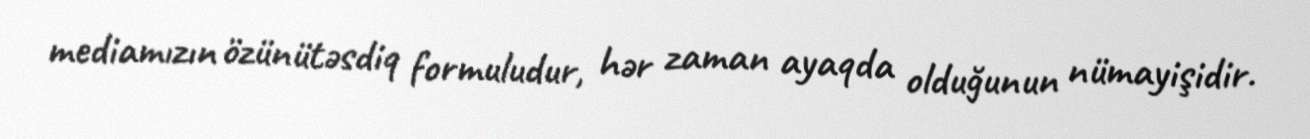
mediamızın özünütəsdiq formuludur, hər zaman ayaqda olduğunun nümayişidir.